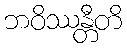
ဘဝိဿန္တီတိ